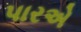
પારએ